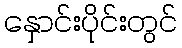
နှောင်းပိုင်းတွင်